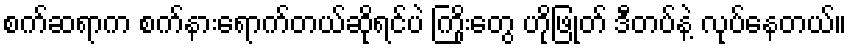
စက်ဆရာက စက်နားရောက်တယ်ဆိုရင်ပဲ ကြိုးတွေ ဟိုဖြုတ် ဒီတပ်နဲ့ လုပ်နေတယ်။